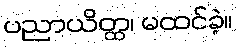
ပညာယိတ္ထ၊ မထင်ခဲ့။